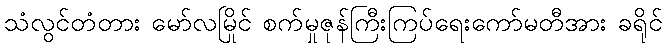
သံလွင်တံတား မော်လမြိုင် စက်မှုဇုန်ကြီးကြပ်ရေးကော်မတီအား ခရိုင်